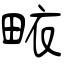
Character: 畩